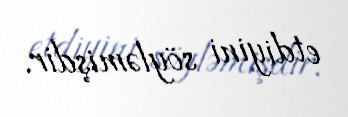
etdiyini söyləmişdir.